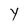
Character: Y